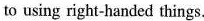
to using right-handed things.